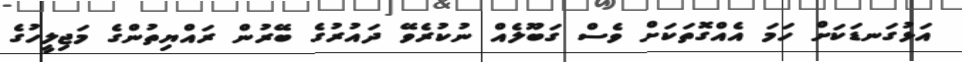
އަޅުގަނޑަކަށް ހަމަ އެއްގޮތަކަށް ވެސް ގަބޫލެއް ނުކުރެވޭ ދައުރުގެ ބޭރުން ރައްޔިތުންގެ މަޖިލީހުގެ